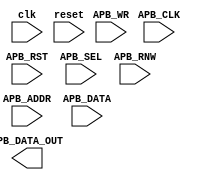
module APB_Controller (
   input wire clk,
   input wire reset,
   input wire APB_CLK,
   input wire APB_RST,
   input wire [3:0] APB_SEL,
   input wire [31:0] APB_ADDR,
   input wire APB_WR,
   input wire APB_RNW,
   input wire [31:0] APB_DATA,
   output wire [31:0] APB_DATA_OUT
);

   // logic and functionality for the APB bus controller

endmodule